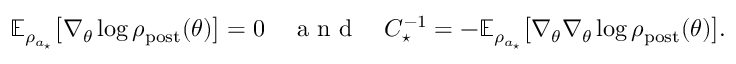
\begin{array} { r } { \mathbb { E } _ { \rho _ { a _ { \star } } } \bigl [ \nabla _ { \theta } \log \rho _ { \mathrm { p o s t } } ( \theta ) \bigr ] = 0 \quad \textrm { a n d } \quad C _ { \star } ^ { - 1 } = - \mathbb { E } _ { \rho _ { a _ { \star } } } \bigl [ \nabla _ { \theta } \nabla _ { \theta } \log \rho _ { \mathrm { p o s t } } ( \theta ) \bigr ] . } \end{array}